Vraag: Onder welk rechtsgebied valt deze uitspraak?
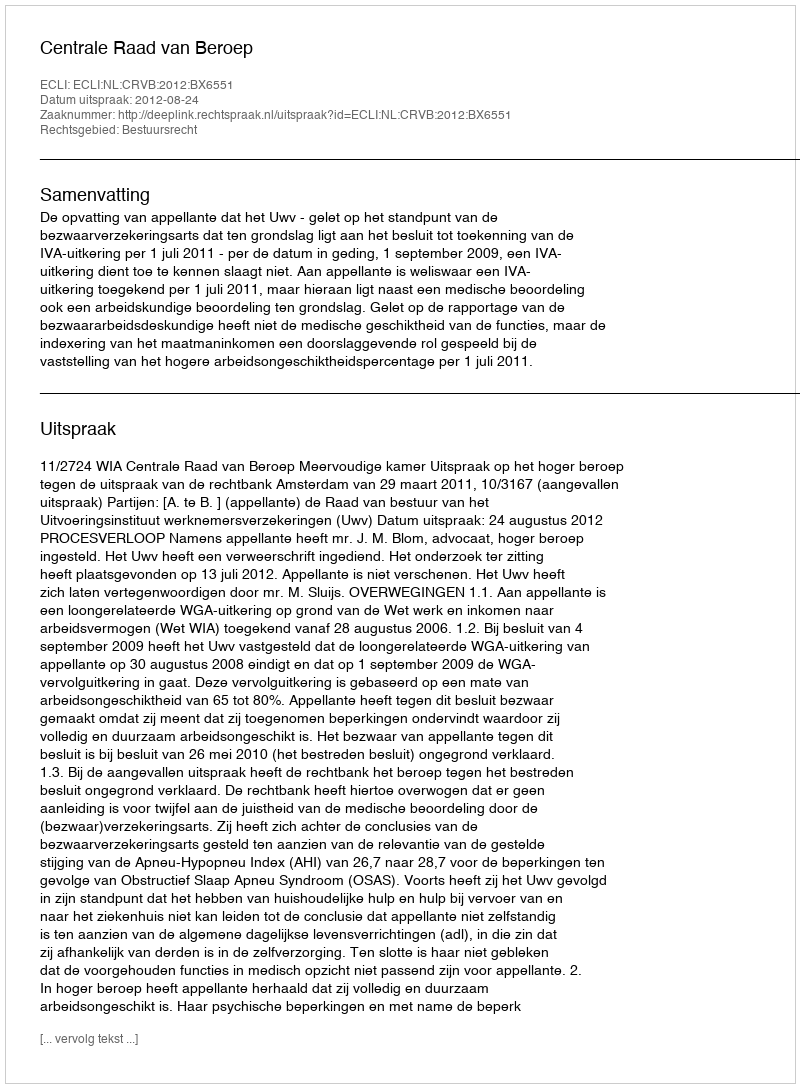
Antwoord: Bestuursrecht